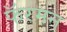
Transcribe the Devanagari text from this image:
फॅरमन